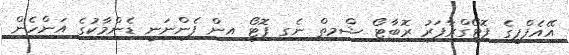
އޭއެފްޕީގެ ފޮޓޯގްރާފަރު ރޮބާޓޯ ޝްމިތް ނެގި ފޮޓޯ އިން ފެންނަނީ ޑެންމާކުގެ އަންހެން